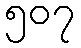
၅၀၇